Tezpur Lunatic Asylum reports 1895-1904 - 1895-1904
Year: 1895
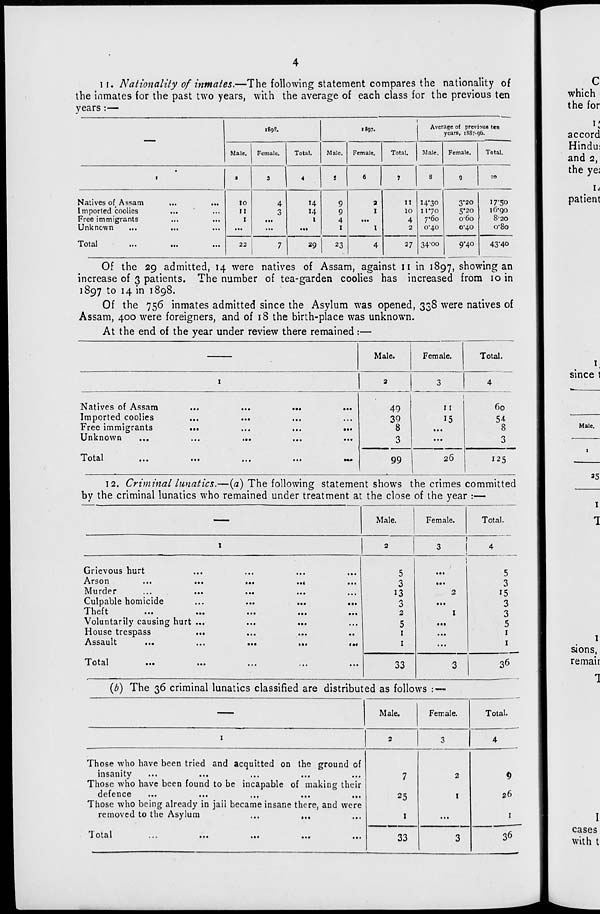
11. Nationality of inmates.—The following statement compares the nationality of
the inmates for the past two years, with the average of each class for the previous ten
years :—
1898.
1897.
Average of previous ten
years, 1887-96.
Male.
Female.
Total.
Male.
Female.
Total.
Male.
Female.
Total.
I
*
1
' I 4 5 6 7 8 9 :o
Natives of Assam
Imported coolies
Free immigrants
Unknown
...
...
10
II
I
4
3
14
14
I
9
9
4
1
a
1
l
II
lO
4
2
14*30
I 170
7*60
o'4o
3*20
5*20
060
0*40
17-50
16*90
820
o-8o
Total
22
7
29
23
4
27 3400
9'4°
43-40
Of the 29 admitted, 14 were natives of Assam, against 11 in 1897, showing an
increase of 3 patients. The number of tea-garden coolies has increased from 10 in
1897 to 14 in 1898.
Of the 756 inmates admitted since the Asylum was opened, 338 were natives of
Assam, 400 were foreigners, and of 18 the birth-place was unknown.
At the end of the year under review there remained :—
Total.
1
2
3
4
Natives of Assam
Imported coolies
Free immigrants
Unknown
...
...
...
...
49
39
8
3
11
15
60
54
8
3
Total
99
26
125
1
12. Criminal lunatics.—(a) The following statement shows the crimes committed
by the criminal lunatics who remained under treatment at the close of the year :—
Male.
Female.
Total.
Grievous hurt
Arson
...
...
Murder
Culpable homicide
Theft
Voluntarily causing hurt ...
House trespass
Assault
Total
..c
...
...
5
3
13
/■>
J
2
5
1
1
33
5
3
15
3
3
5
1
1
36
(b) The 36 criminal lunatics classified are distributed as follows
Male.
Female.
Total.
1
2
3
4
Those who have been tried and acquitted on the ground of
insanity
Those who have been found to be incapable of making their
Those who being already in jaii became insane there, and were
removed to the Asylum
...
...
7
25
I
2
I
26
I
l otal
...
...
...
...
...
33
3
36